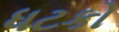
ધટકો